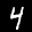
Label: 4